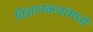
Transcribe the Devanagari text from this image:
विज्ञानकथांमध्ये